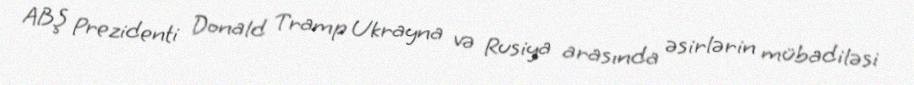
ABŞ Prezidenti Donald Tramp Ukrayna və Rusiya arasında əsirlərin mübadiləsi